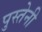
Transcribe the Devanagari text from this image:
पुस्‍तेनी